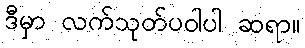
ဒီမှာ လက်သုတ်ပဝါပါ ဆရာ။